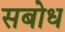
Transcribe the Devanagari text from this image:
सबोध